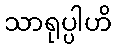
သာရုပ္ပါဟိ